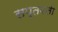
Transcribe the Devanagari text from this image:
सप्तवती